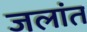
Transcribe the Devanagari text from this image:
जलांत